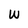
Character: W